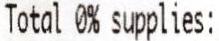
TOTAL 0% SUPPLIES: